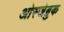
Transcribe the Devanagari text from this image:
ओस्जेब्रुक